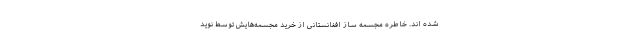
شده اند. خاطره مجسمه ساز افغانستانی از خرید مجسمه‌هایش توسط نوید